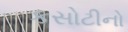
કસોટીનો